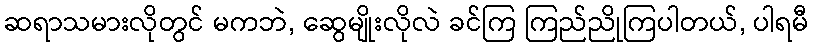
ဆရာသမားလိုတွင် မကဘဲ, ဆွေမျိုးလိုလဲ ခင်ကြ ကြည်ညိုကြပါတယ်, ပါရမီ